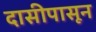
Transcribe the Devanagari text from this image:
दासीपासून